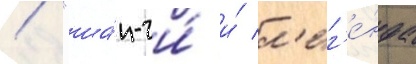
/ "ша́н-чи́ и́ л'ег'е́нда